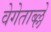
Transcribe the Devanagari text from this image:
वेगेताब्ल्ले